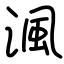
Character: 渢